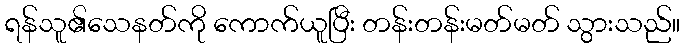
ရန်သူ၏သေနတ်ကို ကောက်ယူပြီး တန်းတန်းမတ်မတ် သွားသည်။